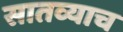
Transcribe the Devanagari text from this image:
सातव्याच